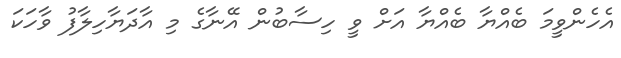
އެހެންވީމަ ބެއްޔާ ބެއްޔާ އަށް ވީ ހިސާބުން އޭނާގެ މި އާދަޔާހިލާފު ވާހަކަ